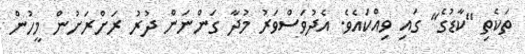
ތަކެތި "ކާޑުގެ" ގައި ވިއްކައެވެ. އެދުވަސްވަރު މުދާ ގަންނަން ދުރު ރަށްރަށުން މީހުން